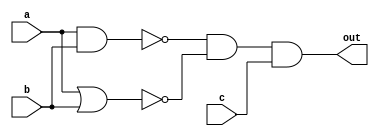
module q2_gate(output out, input a, b, c);

wire nand1, nor2;
nand(nand1, a, b);
nor(nor2, a, b);
and(out, nand1, nor2, c);

endmodule